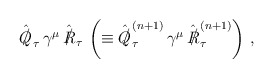
\begin{align*}\hat{{Q\kern-0.1em\raise0.3ex\llap{/}\kern0.15em\relax}}_\tau \, \gamma^\mu \, \hat{{R\kern-0.1em\raise0.3ex\llap{/}\kern0.15em\relax}}_\tau \, \left( \equiv \hat{{Q\kern-0.1em\raise0.3ex\llap{/}\kern0.15em\relax}}_\tau^{(n + 1)} \, \gamma^\mu \, \hat{{R\kern-0.1em\raise0.3ex\llap{/}\kern0.15em\relax}}_\tau^{(n + 1)} \right) \, ,\end{align*}